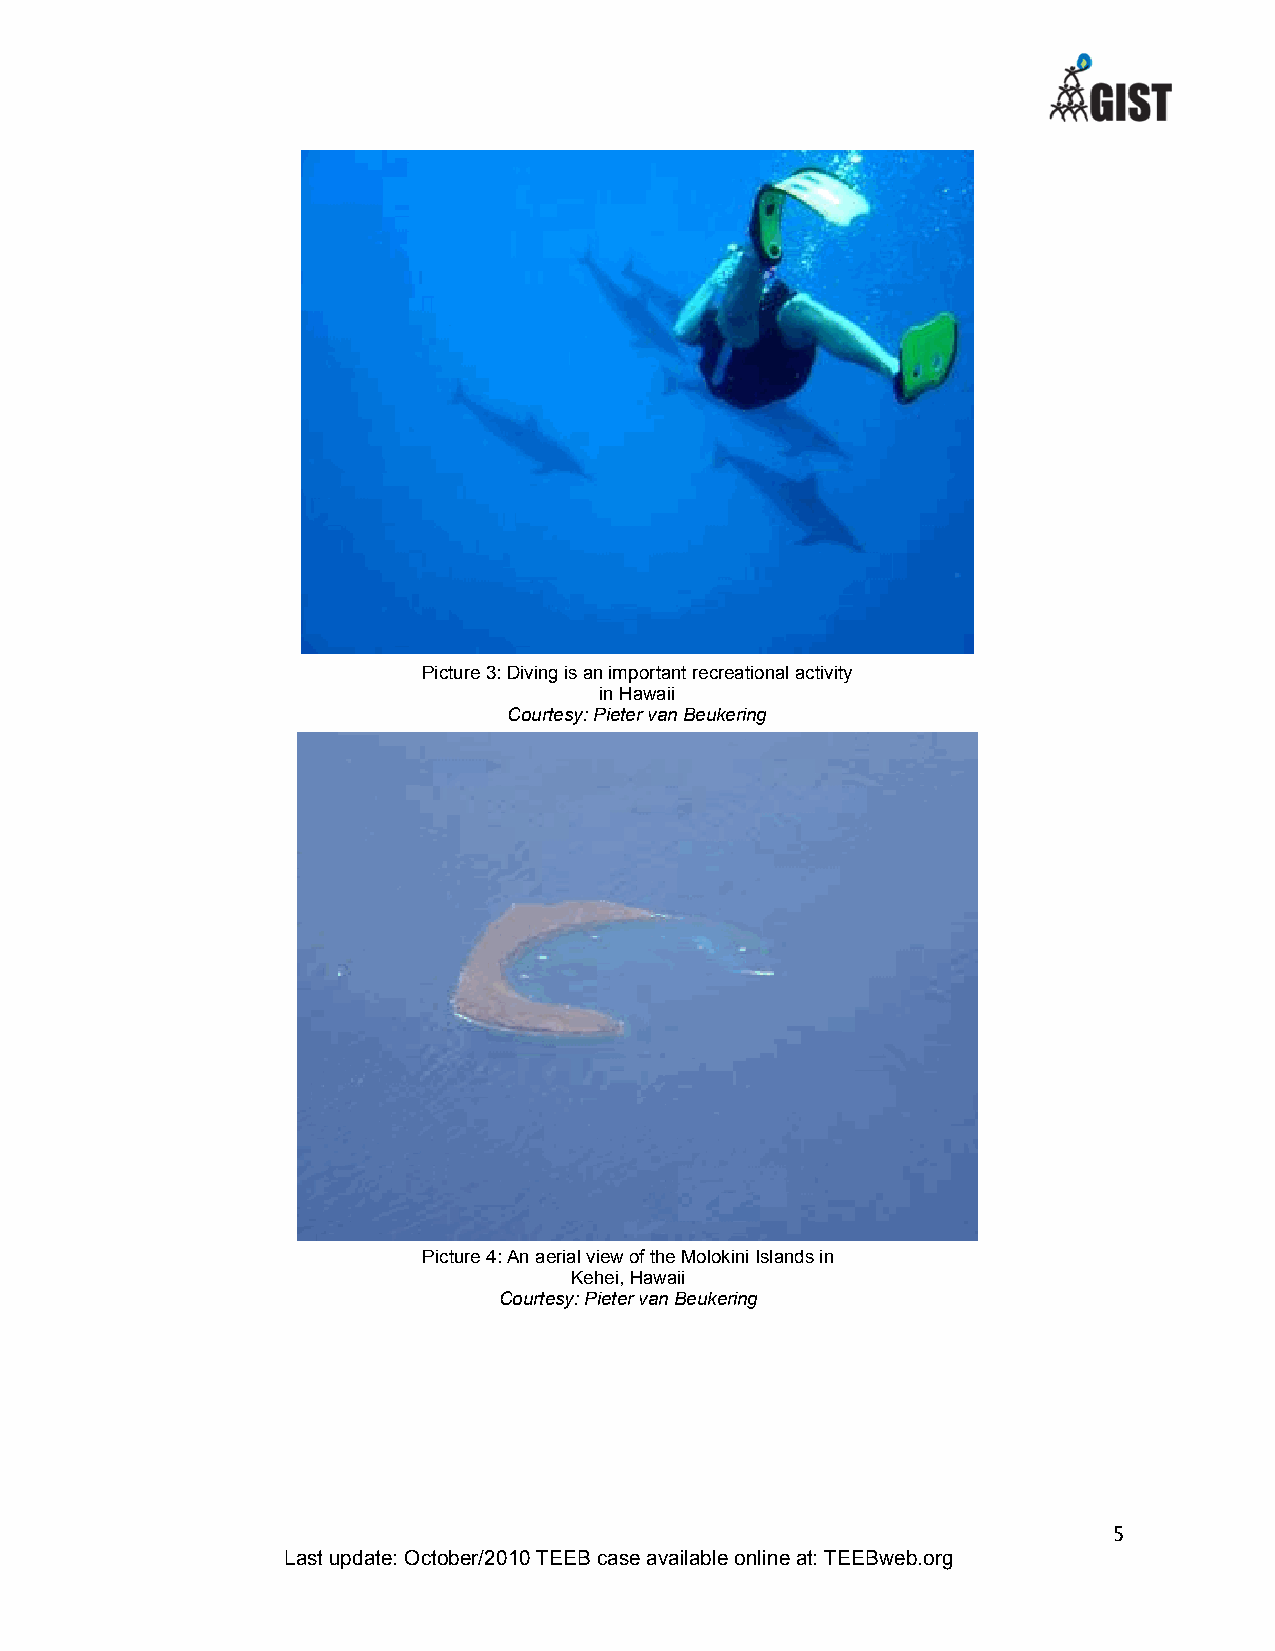
Picture 3: Diving is an important recreational activity
 in Ha waii
 Courtesy: Pieter van Beukering
 Picture 4: An aerial view o f the Molokini Islands in
 Kehei, Hawaii
 Courtesy: Pieter van Beukering
 5
 Last update: October/2010 TEEB case available online at: TEEBweb.org